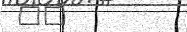
٤٧